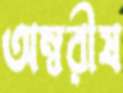
অম্বরীষ